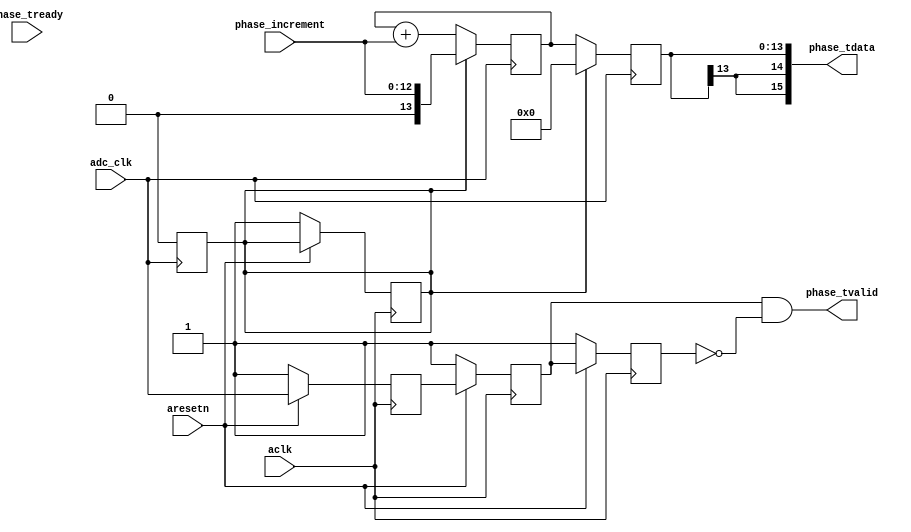
module phase_ramp #
(
    parameter integer PHASE_WIDTH = 16,
    parameter integer FRACTIONAL_WIDTH = 13
)
(
    input  wire                        adc_clk,

    input  wire                        aclk,
    input  wire                        aresetn,
    
    input  wire [FRACTIONAL_WIDTH-1:0] phase_increment,
    
    output wire [PHASE_WIDTH-1:0]      phase_tdata,
    input  wire                        phase_tready,
    output wire                        phase_tvalid
);

reg [FRACTIONAL_WIDTH:0] phase_counter;
reg [FRACTIONAL_WIDTH:0] phase_counter_next;

reg r1, r2, r3;

reg reset;


always @(posedge aclk) begin
    if (~aresetn) begin
        reset <= 1'b1;
        r1 <= 1;
        r2 <= 1;
        r3 <= 1;
    end else begin
        r1 <= adc_clk;
        r2 <= r1;
        r3 <= r2;
    end
end

always @(posedge adc_clk) begin
    if (reset) begin
        phase_counter <= {(FRACTIONAL_WIDTH){1'b0}};
        phase_counter_next <= phase_increment;
        reset <= 1'b0;
    end else begin
        phase_counter <= phase_counter_next;
        phase_counter_next <= phase_counter_next  + phase_increment;
    end
end

assign phase_tvalid = r2 && !r3;
assign phase_tdata = {{(PHASE_WIDTH - FRACTIONAL_WIDTH - 1){phase_counter[FRACTIONAL_WIDTH]}}, phase_counter};

endmodule